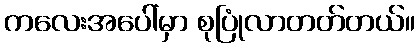
ကလေးအပေါ်မှာ စုပြုံလာတတ်တယ်။